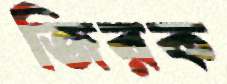
জিরক